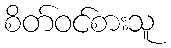
စိတ်ဝင်စားသူ